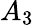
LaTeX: A_{3}